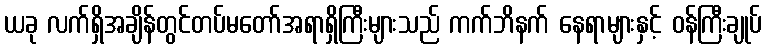
ယခု လက်ရှိအချိန်တွင်တပ်မတော်အရာရှိကြီးများသည် ကက်ဘိနက် နေရာများနှင့် ဝန်ကြီးချုပ်